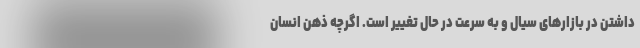
داشتن در بازارهای سیال و به سرعت در حال تغییر است. اگرچه ذهن انسان